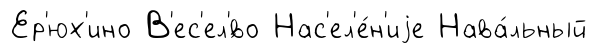
Ер'юх'ино В'ес'ел'́во Нас'ел'е́н'иjе Нава́льный